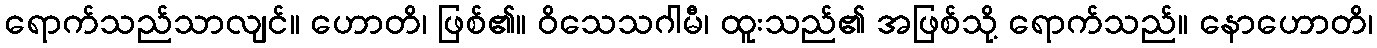
ရောက်သည်သာလျင်။ ဟောတိ၊ ဖြစ်၏။ ဝိသေသဂါမီ၊ ထူးသည်၏ အဖြစ်သို့ ရောက်သည်။ နောဟောတိ၊